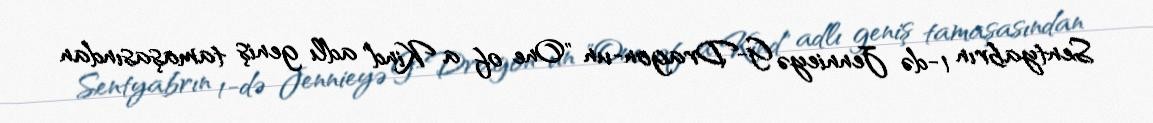
Sentyabrın 1-də Jennieyə G-Dragon-un "One of a Kind" adlı geniş tamaşasından